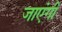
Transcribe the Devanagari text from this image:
जाएंगीं